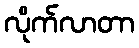
လိုက်လာတာ